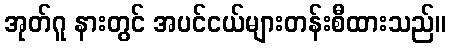
အုတ်ဂူ နားတွင် အပင်ငယ်များတန်းစီထားသည်။